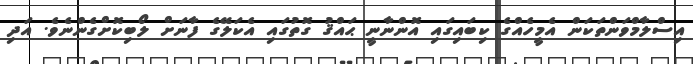
އިސްލާމްވަންތަކަން އެމީހެއްގެ ކިބައިގައި އޮންނާނީ ޙައްޤު ގޮތުގައި އެކަލޭގެ ފާނަށް ލޯބިކޮށްގެންނެވެ. އަދި